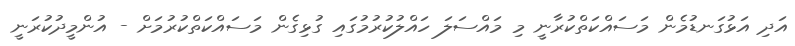
އަދި އަޅުގަނޑުމެން މަސައްކަތްކުރާނީ މި މައްސަލަ ހައްލުކުރުމުގައި ގުޅިގެން މަސައްކަތްކުރުމަށް - އުންމީދުކުރަނީ